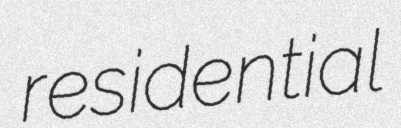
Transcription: residential